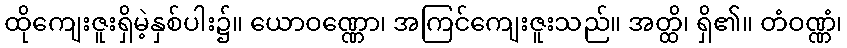
ထိုကျေးဇူးရှိမဲ့နှစ်ပါး၌။ ယောဝဏ္ဏော၊ အကြင်ကျေးဇူးသည်။ အတ္ထိ၊ ရှိ၏။ တံဝဏ္ဏံ၊